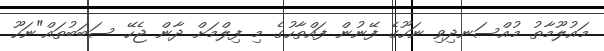
މައުލޫމާތު މުއްސަނދިވި ނަހޫގެ ފޭނުން ފައްތާހުގެ މި ފިލްމަށް ދާން ޖެހޭ ސަބަބުތައް"ނަހޫ